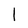
Character: 1